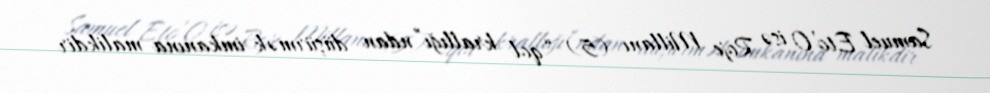
Samuel Eto’O isə Roje Millanı (5) “qol krallığı”ndan düşürmək imkanına malikdir